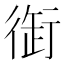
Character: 衘